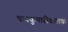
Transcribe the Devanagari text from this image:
कनकुमारीबालक